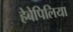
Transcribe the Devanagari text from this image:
हेबेपिलिया